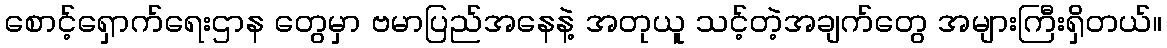
စောင့်ရှောက်ရေးဌာန တွေမှာ ဗမာပြည်အနေနဲ့ အတုယူ သင့်တဲ့အချက်တွေ အများကြီးရှိတယ်။